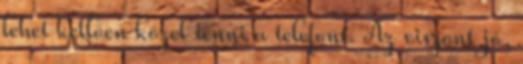
lehet kellően közel tenni a telefont. Az viszont jó,